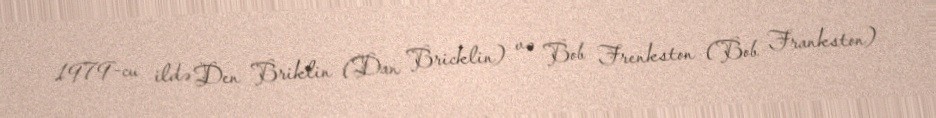
1979-cu ildə Den Briklin (Dan Bricklin) və Bob Frenkston (Bob Frankston)